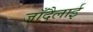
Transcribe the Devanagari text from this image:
जाँदैलाई